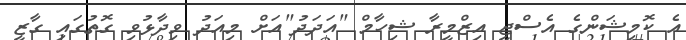
އެ ކޮމިޝަންގެ އެސްޖީ އިޒްމީރާ ޝިހާމް "އަދަދު"އަށް މިއަދު ވިދާޅުވި ގޮތުގައި ގާޒީ